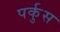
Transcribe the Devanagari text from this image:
पर्कुस